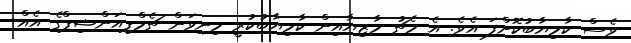
ވެސް ކާމިޔާބުކޮށްފަ އެވެ. އެ މެޗު މާޒިޔާއިން ކާމިޔާބުކުރީ މިނިވަން ޗެމްޕިއަންޝިޕްގެ އެއް